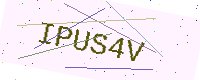
Text: IPUS4V